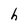
Character: h